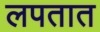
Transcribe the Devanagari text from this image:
लपतात